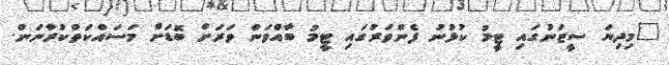
"މިދިޔަ ސީޒަނުގައި ޓީމު ކުޅުނު ފެންވަރުގައި ޓީމު ބާއްވަން ވަރަށް ބޮޑަށް މަސައްކަތްކުރާނަން.